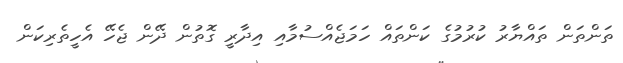
ތަންތަން ތައްޔާރު ކުރުމުގެ ކަންތައް ހަމަޖެއްސުމާއި އިދާރީ ގޮތުން ދޭން ޖެހޭ އެހީތެރިކަން